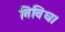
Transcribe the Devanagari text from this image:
विविध।